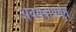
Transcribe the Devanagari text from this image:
अवयवांपर्यंत